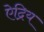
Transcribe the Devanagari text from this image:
ऐद्रिय